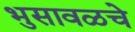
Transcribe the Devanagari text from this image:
भुसावळचे